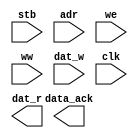
module data_memory(stb, adr, we, ww, dat_w, clk, dat_r, data_ack);

	parameter data_size = 64;
	parameter address_size = 11;
	 
	parameter memory_depth = 2**address_size;  // do not specify this when using module

	// inputs
	input stb;
	input [address_size-1:0] adr;
	input we;
	input [3:0] ww;
	input [data_size-1:0] dat_w;
	input clk;

	// outputs
	output [63:0] dat_r;
	output data_ack;
	

	//
	reg [data_size-1:0] mem [0:memory_depth-1];
	assign data_r = mem [adr];

	always @(posedge clk) begin
		case (we)
			1: mem [adr] = dat_w;
		endcase
	end


endmodule